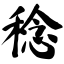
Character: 稔